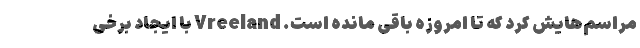
مراسم‌هایش کرد که تا امروزه باقی مانده است. Vreeland با ایجاد برخی